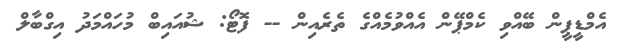
އެމްޑީޕީން ބޭއްވި ކެމްޕޭން އެއްވުމެއްގެ ތެރެއިން -- ފޮޓޯ: ޝުއައިބް މުހައްމަދު އިގްބާލް